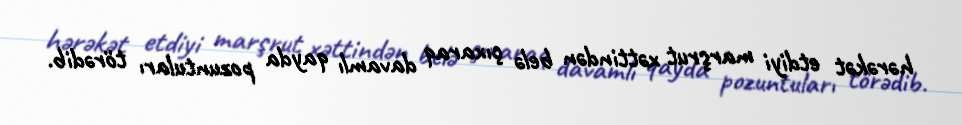
hərəkət etdiyi marşrut xəttindən belə çıxaraq davamlı qayda pozuntuları törədib.